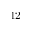
1 2